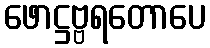
ဖောဋ္ဌဗ္ဗရတောပေ